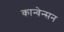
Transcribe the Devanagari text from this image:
कान्वेन्सन